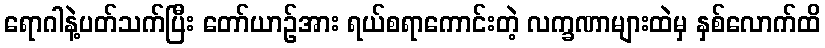
ရောဂါနဲ့ပတ်သက်ပြီး တော်ယာဉ်အား ရယ်စရာကောင်းတဲ့ လက္ခဏာများထဲမှ နှစ်လောက်ထိ